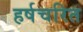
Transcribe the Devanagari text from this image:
हर्षचरित